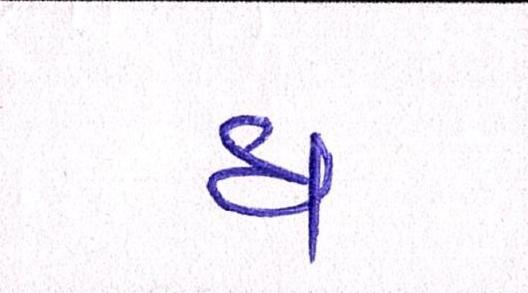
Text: ધ